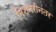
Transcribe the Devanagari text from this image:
मिशनरीनंतर